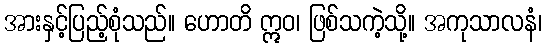
အားနှင့်ပြည့်စုံသည်။ ဟောတိ ဣဝ၊ ဖြစ်သကဲ့သို့။ အကုသာလနံ၊